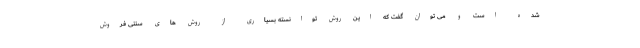
شده است و می توان گفت که این روش توانسته بسیاری از روش های سنتی فروش